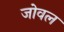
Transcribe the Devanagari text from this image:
जोवल